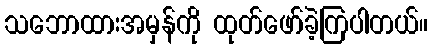
သဘောထားအမှန်ကို ထုတ်ဖော်ခဲ့ကြပါတယ်။